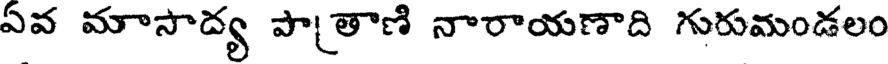
ఏవ మాసాద్య పా తాణి నారాయణాది గురుమండలం